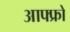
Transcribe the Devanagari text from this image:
आफ्फ्रो